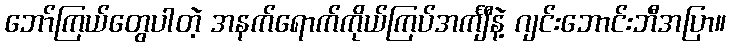
ဘော်ကြယ်တွေပါတဲ့ အနက်ရောက်ကိုယ်ကြပ်အင်္ကျီနဲ့ ဂျင်းဘောင်းဘီအပြာ။